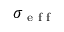
\sigma _ { \textup { e f f } }